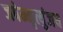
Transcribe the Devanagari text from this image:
जपेन्मृत्युंजय